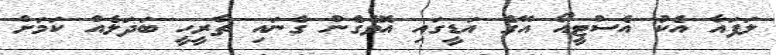
ލަފައާ އެކު އެސްޓީއޯ އޭގެ އަޑީގައި އޮވެގެން ގެނައި ތާރީހީ ބަދަލެއް ކަމަށް